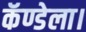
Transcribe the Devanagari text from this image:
कॅण्डेला।